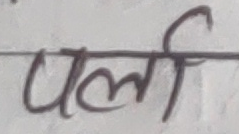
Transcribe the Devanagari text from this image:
पर्ला